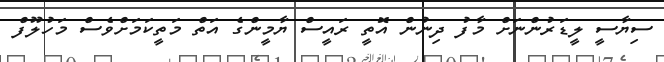
ސިޔާސީ ލީޑަރުންނަށް މާފު ދިނުން އޮތީ ރައީސް ޔާމީންގެ އަތް މަތީކަމަށްވެސް މަހުލޫފް